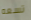
تسعه